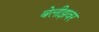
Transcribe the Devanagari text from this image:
बेलीझवर